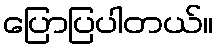
ပြောပြပါတယ်။